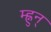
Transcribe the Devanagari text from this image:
म्ह्नुन्